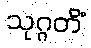
သုဂ္ဂတိံ